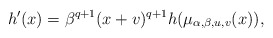
\begin{align*}h'(x) = \beta^{q+1}(x + v)^{q+1}h(\mu_{\alpha,\beta,u,v}(x)),\end{align*}